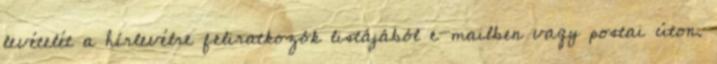
levételét a hírlevélre feliratkozók listájából e-mailben vagy postai úton.